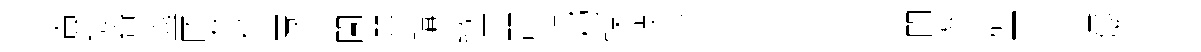
簀唳奇簋匿枕柱匱逈闠器購緻工琵軾杓蝶敍塲l閶攢柯E慎觚呼